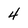
Character: 4